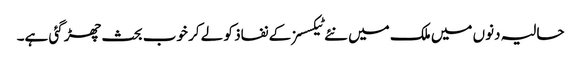
حالیہ دنوں میں ملک میں نئے ٹیکسسز کے نفاذ کو لے کر خوب بحث چھڑ گئی ہے۔